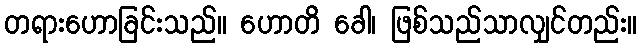
တရားဟောခြင်းသည်။ ဟောတိ ခေါ၊ ဖြစ်သည်သာလျှင်တည်း။